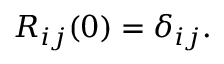
\begin{array} { r } { R _ { i j } ( 0 ) = \delta _ { i j } . } \end{array}